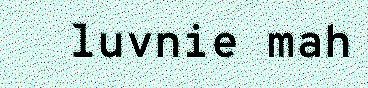
luvnie mah